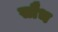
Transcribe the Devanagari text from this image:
सौभ